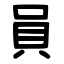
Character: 員